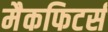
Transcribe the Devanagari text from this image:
मैकफिटर्स